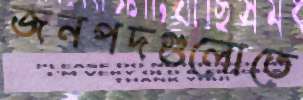
জনপদগুলোতে